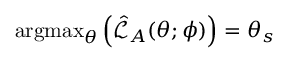
\operatorname { a r g m a x } _ { \boldsymbol { \theta } } \left( \hat { \mathcal { L } } _ { A } ( \boldsymbol { \theta } ; \boldsymbol { \phi } ) \right) = \boldsymbol { \theta } _ { s }